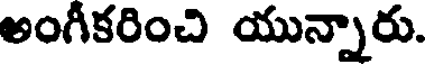
అంగీకరించి యున్నారు.